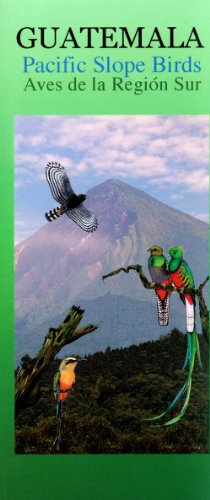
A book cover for Guatemala Pacific Slope Birds Wildlife Guide (Laminated Foldout Pocket Field Guide); Rainforest Publications; Travel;